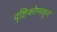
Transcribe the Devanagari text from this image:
दृष्टिकोणाहून